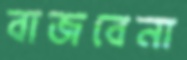
বাজবেনা